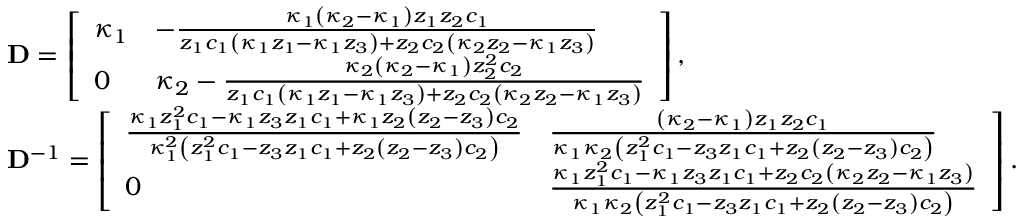
\begin{array} { r l } & { \mathbf { D } = \left[ \begin{array} { l l } { \kappa _ { 1 } } & { - \frac { \kappa _ { 1 } \left( \kappa _ { 2 } - \kappa _ { 1 } \right) z _ { 1 } z _ { 2 } c _ { 1 } } { z _ { 1 } c _ { 1 } \left( \kappa _ { 1 } z _ { 1 } - \kappa _ { 1 } z _ { 3 } \right) + z _ { 2 } c _ { 2 } \left( \kappa _ { 2 } z _ { 2 } - \kappa _ { 1 } z _ { 3 } \right) } } \\ { 0 } & { \kappa _ { 2 } - \frac { \kappa _ { 2 } \left( \kappa _ { 2 } - \kappa _ { 1 } \right) z _ { 2 } ^ { 2 } c _ { 2 } } { z _ { 1 } c _ { 1 } \left( \kappa _ { 1 } z _ { 1 } - \kappa _ { 1 } z _ { 3 } \right) + z _ { 2 } c _ { 2 } \left( \kappa _ { 2 } z _ { 2 } - \kappa _ { 1 } z _ { 3 } \right) } } \end{array} \right] , } \\ & { \mathbf { D } ^ { - 1 } = \left[ \begin{array} { l l } { \frac { \kappa _ { 1 } z _ { 1 } ^ { 2 } c _ { 1 } - \kappa _ { 1 } z _ { 3 } z _ { 1 } c _ { 1 } + \kappa _ { 1 } z _ { 2 } \left( z _ { 2 } - z _ { 3 } \right) c _ { 2 } } { \kappa _ { 1 } ^ { 2 } \left( z _ { 1 } ^ { 2 } c _ { 1 } - z _ { 3 } z _ { 1 } c _ { 1 } + z _ { 2 } \left( z _ { 2 } - z _ { 3 } \right) c _ { 2 } \right) } } & { \frac { \left( \kappa _ { 2 } - \kappa _ { 1 } \right) z _ { 1 } z _ { 2 } c _ { 1 } } { \kappa _ { 1 } \kappa _ { 2 } \left( z _ { 1 } ^ { 2 } c _ { 1 } - z _ { 3 } z _ { 1 } c _ { 1 } + z _ { 2 } \left( z _ { 2 } - z _ { 3 } \right) c _ { 2 } \right) } } \\ { 0 } & { \frac { \kappa _ { 1 } z _ { 1 } ^ { 2 } c _ { 1 } - \kappa _ { 1 } z _ { 3 } z _ { 1 } c _ { 1 } + z _ { 2 } c _ { 2 } \left( \kappa _ { 2 } z _ { 2 } - \kappa _ { 1 } z _ { 3 } \right) } { \kappa _ { 1 } \kappa _ { 2 } \left( z _ { 1 } ^ { 2 } c _ { 1 } - z _ { 3 } z _ { 1 } c _ { 1 } + z _ { 2 } \left( z _ { 2 } - z _ { 3 } \right) c _ { 2 } \right) } } \end{array} \right] . } \end{array}